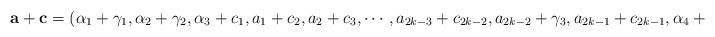
LaTeX: \begin{align*}\mathbf{a}+\mathbf{c}=(\alpha_1+\gamma_1,\alpha_2+\gamma_2,\alpha_3+c_1,a_1+c_2,a_2+c_3,\cdots,a_{2k-3}+c_{2k-2},a_{2k-2}+\gamma_3,a_{2k-1}+c_{2k-1},\alpha_4+\gamma_4),\end{align*}